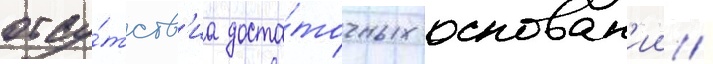
отсу́тств'иа доста́точных основан'ии /